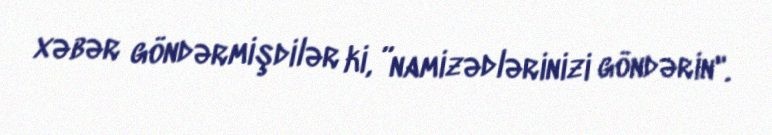
xəbər göndərmişdilər ki, ”namizədlərinizi göndərin".